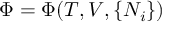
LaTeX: \Phi = \Phi ( T , V , \{ N _ { i } \} )